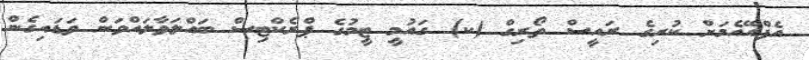
އެފްއޭއެމަށް ކުރިގެ ރައީސް ތޯރިގް (ކ) ގައުމީ ޓީމުގެ ޕްރެކްޓިސް ބައްލަވާލައްވަން ވަޑައިގެން